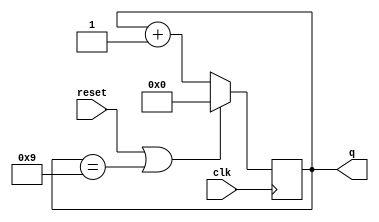
module top_module(
  input clk,
  input reset,
  output [3:0] q
);

always @(posedge clk) begin
  if(reset || q == 4'd9)
    q <= 4'b0;
  else
    q <= q + 1;
end

endmodule